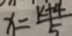
x = \frac { k + 4 } { 5 }